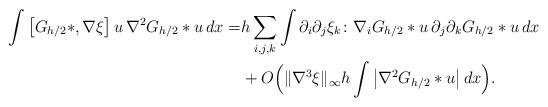
LaTeX: \begin{align*}\int \left[ G_{h/2}\ast,\nabla \xi \right] u \, \nabla^2 G_{h/2}\ast u\,dx =&h\sum_{i,j,k} \int \partial_i\partial_j \xi_k \colon \nabla_i G_{h/2}\ast u \, \partial_j\partial_k G_{h/2}\ast u \,dx \\&+ O\Big(\|\nabla^3\xi\|_\infty h \int \left|\nabla^2 G_{h/2}\ast u \right|dx\Big).\end{align*}